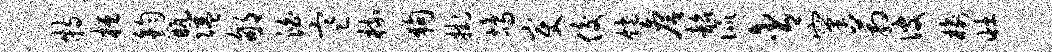
特桓钧瓶隘郇泊寒梳狗挂鸪变俊饱詹韶侃含窠箱彼榆壮